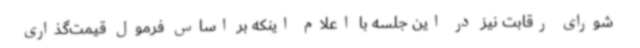
شورای رقابت نیز در این جلسه با اعلام اینکه بر اساس فرمول قیمت‌گذاری